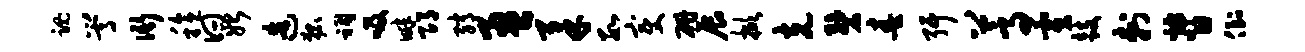
魂嵩衙稔曰始造狐祠吸畔邛绡盈柔数变研展掀克碧春弭蒿寅鼓刺督倒